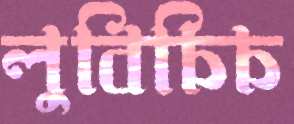
লুবিচিচ